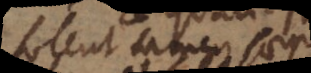
solent tamen saepe